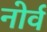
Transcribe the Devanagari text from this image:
नोर्व